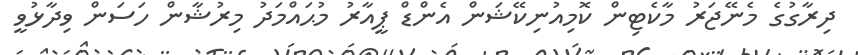
ދިރާގުގެ މެނޭޖަރު މާކެޓިިން ކޮމިއުނިކޭޝަން އެންޑް ޕީއާރު މުޙައްމަދު މިރުޝާން ހަސަން ވިދާޅުވީ